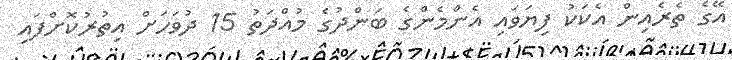
އޭގެ ތެރެއިން އެކަކު ފިޔަވައި އެންމެންގެ ބަންދުގެ މުއްދަތު 15 ދުވަހަށް އިތުރުކޮށްފައި